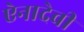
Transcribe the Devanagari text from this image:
ऐनादेवी